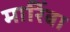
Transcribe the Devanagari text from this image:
मारिंबा